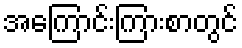
အကြောင်းကြားစာတွင်